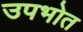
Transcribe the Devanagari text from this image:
उपभोत